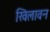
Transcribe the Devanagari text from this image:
खिलावन